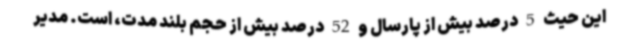
این حیث 5 درصد بیش از پارسال و 52 درصد بیش از حجم بلند مدت، است. مدیر